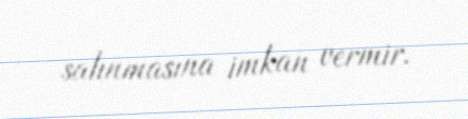
salınmasına imkan vermir.